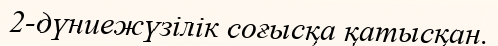
2-дүниежүзілік соғысқа қатысқан.